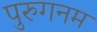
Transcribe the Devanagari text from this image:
पुरुगनम